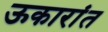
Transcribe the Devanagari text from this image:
ऊकारांत